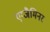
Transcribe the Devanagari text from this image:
एग्जैमिनर